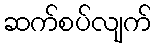
ဆက်စပ်လျက်